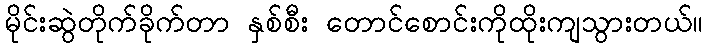
မိုင်းဆွဲတိုက်ခိုက်တာ နှစ်စီး တောင်စောင်းကိုထိုးကျသွားတယ်။